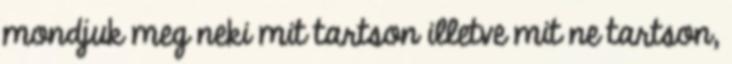
mondjuk meg neki mit tartson illetve mit ne tartson,